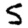
Digit: 5